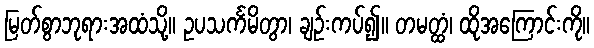
မြတ်စွာဘုရားအထံသို့။ ဥပသင်္ကမိတွာ၊ ချဉ်းကပ်၍။ တမတ္ထံ၊ ထိုအကြောင်းကို။